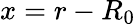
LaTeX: x=r-R_{0}